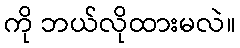
ကို ဘယ်လိုထားမလဲ။